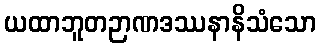
ယထာဘူတဉာဏဒဿနာနိသံသော